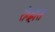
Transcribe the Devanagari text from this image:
रोगह्रास